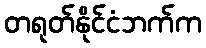
တရုတ်နိုင်ငံဘက်က